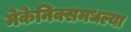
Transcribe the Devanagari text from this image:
मेकेनिक्समधल्या